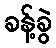
ခန့်ခွဲ